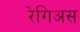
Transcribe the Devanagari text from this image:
रेगिअस